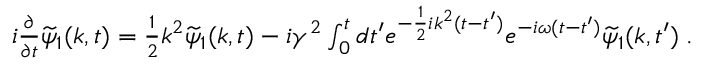
\begin{array} { r } { i \frac { \partial } { \partial t } \widetilde { \psi } _ { 1 } ( k , t ) = \frac { 1 } { 2 } k ^ { 2 } \widetilde { \psi } _ { 1 } ( k , t ) - i \gamma ^ { 2 } \int _ { 0 } ^ { t } d t ^ { \prime } e ^ { - \frac { 1 } { 2 } i k ^ { 2 } ( t - t ^ { \prime } ) } e ^ { - i \omega ( t - t ^ { \prime } ) } \widetilde { \psi } _ { 1 } ( k , t ^ { \prime } ) \; . } \end{array}